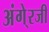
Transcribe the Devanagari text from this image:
अंगे्रजी